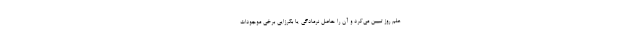
علم روز تبیین می‌کرد و آن را حاصل نرمادگی یا بکرزایی برخی موجودات